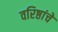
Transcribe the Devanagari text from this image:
वरिष्ठांचे